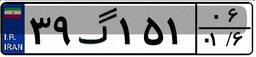
۳۹گ۱۵۱۰۶